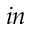
_ { i n }